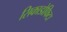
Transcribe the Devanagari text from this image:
सिकाडोफिटा